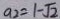
a _ { 2 } = 1 - \sqrt { 2 }